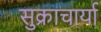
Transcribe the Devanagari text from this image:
सुक्राचार्या